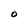
Character: O